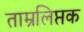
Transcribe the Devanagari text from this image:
ताम्रलिप्तक